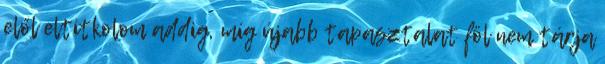
elől eltitkolom addig, míg újabb tapasztalat föl nem tárja